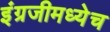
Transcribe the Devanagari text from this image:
इंग्रजीमध्येच